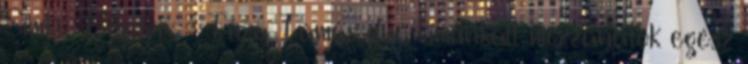
Simkó Beatrix - Tuza Tamás duó kimunkált mozzanatok egész